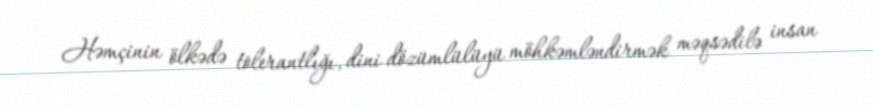
Həmçinin ölkədə tolerantlığı, dini dözümlülüyü möhkəmləndirmək məqsədilə insan